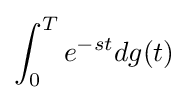
\int _{0}^{T}e^{-st}dg(t)